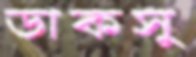
ডাকসু